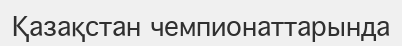
Қазақстан чемпионаттарында